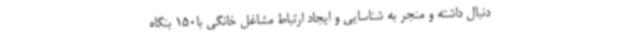
دنبال داشته و منجر به شناسایی و ایجاد ارتباط مشاغل خانگی با150 بنگاه